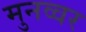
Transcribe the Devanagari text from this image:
मुनव्‍वर